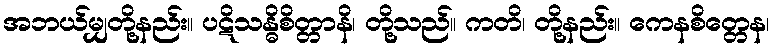
အဘယ်မျှတို့နည်း။ ပဋိသန္ဓိစိတ္တာနိ၊ တို့သည်။ ကတိ၊ တို့နည်း။ ကေနစိတ္တေန၊